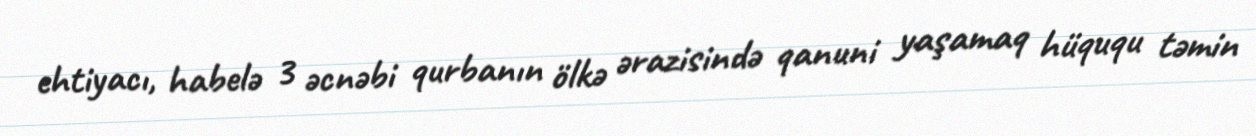
ehtiyacı, habelə 3 əcnəbi qurbanın ölkə ərazisində qanuni yaşamaq hüququ təmin